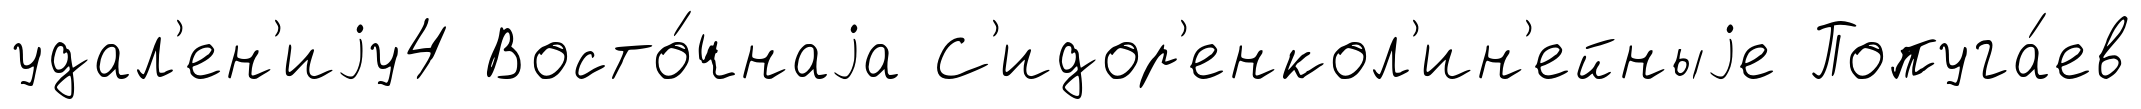
удал'ен'иjу4 Восто́чнаjа С'идор'енкол'ин'ейныjе Попуга́ев